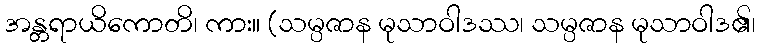
အန္တရာယိကောတိ၊ ကား။ (သမ္ပဇာန မုသာဝါဒဿ၊ သမ္ပဇာန မုသာဝါဒ၏၊